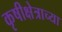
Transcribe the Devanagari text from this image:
कृषीक्षेत्राच्या